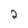
Character: 2